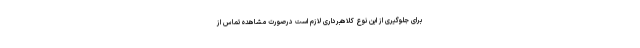
برای جلوگیری از این نوع کلاهبرداری لازم است درصورت مشاهده تماس از